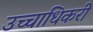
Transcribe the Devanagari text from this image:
उच्चाधिकरी